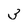
Character: 3